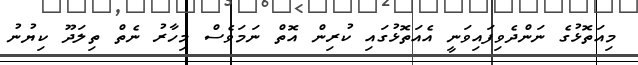
މިއަތޮޅުގެ ނަންދެވިފައިވަނީ އެއަތޮޅުގައި ކުރިން އޮތް ނަމަވެސް މިހާރު ނެތް ތިލަދޫ ކިޔުނު